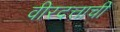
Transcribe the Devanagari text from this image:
वीरदत्ताची